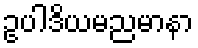
ဥပါဒိယမညမာနာ